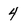
Character: 4